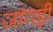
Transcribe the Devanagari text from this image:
जांगड़ी